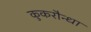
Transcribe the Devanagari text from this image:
कुकरौन्धा